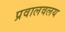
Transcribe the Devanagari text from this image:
प्रवालवलय